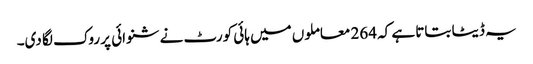
یہ ڈیٹا بتاتا ہے کہ 264 معاملوں میں ہائی کورٹ نے شنوائی پر روک لگا دی۔